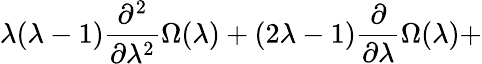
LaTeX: \lambda(\lambda-1)\frac{\partial^{2}}{\partial\lambda^{2}}\Omega(\lambda)+(2\lambda-1)\frac{\partial}{\partial\lambda}\Omega(\lambda)+